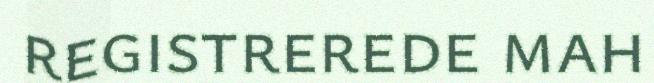
registrerede mah